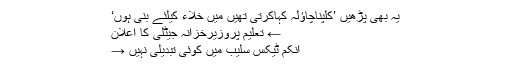
یہ بھی پڑھیں ’کلپناچاؤلہ کہاکرتی تھیں میں خلاء کیلئے بنی ہوں‘
← تعلیم پروزیرخزانہ جیٹلی کا اعلان
انکم ٹیکس سلیب میں کوئی تبدیلی نہیں →